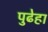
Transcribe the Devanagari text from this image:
पुढेहा